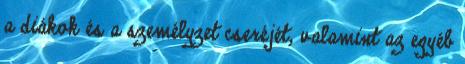
a diákok és a személyzet cseréjét, valamint az egyéb